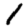
Digit: 1